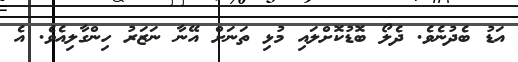
އަޑު ބެދުނެވެ. ދެލޯ ބޮޑުކޮށްލައި މުޅި ތަނަށް އޭނާ ނަޒަރު ހިންގާލިއެވެ. އެ